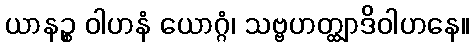
ယာနဉ္စ ဝါဟနံ ယောဂ္ဂံ၊ သဗ္ဗဟတ္ထျာဒိဝါဟနေ။